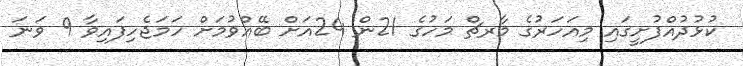
ކުޅުދުއްފުށީގައި މިއަހަރުގެ މާރޗް މަހުގެ 21ން 24އަށް ބޭއްވުމަށް ހަމަޖެހިފައިވާ 9 ވަނަ